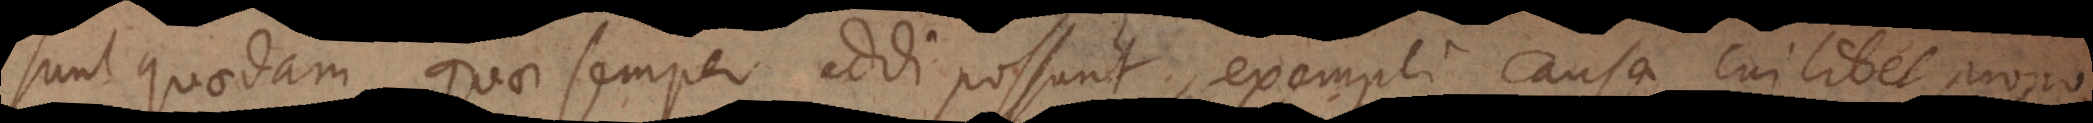
Sunt quaedam quae semper addi possunt, exempli causa cuilibet propos